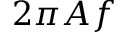
2 \pi A f